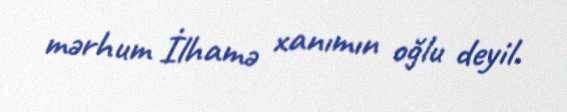
mərhum İlhamə xanımın oğlu deyil.